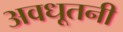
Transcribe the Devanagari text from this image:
अवधूतनी